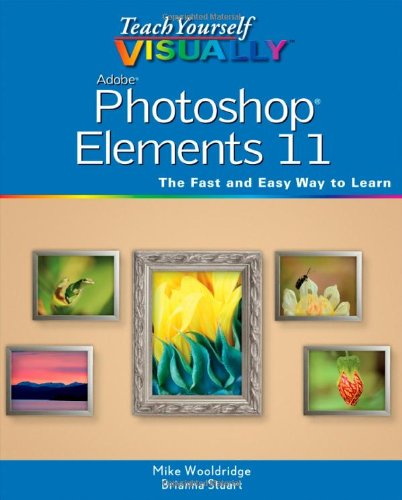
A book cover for Teach Yourself VISUALLY Photoshop Elements 11; Mike Wooldridge; Computers & Technology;